Vaccine operations Central Provinces 1868-1885 - 1868-1885
Year: 1868
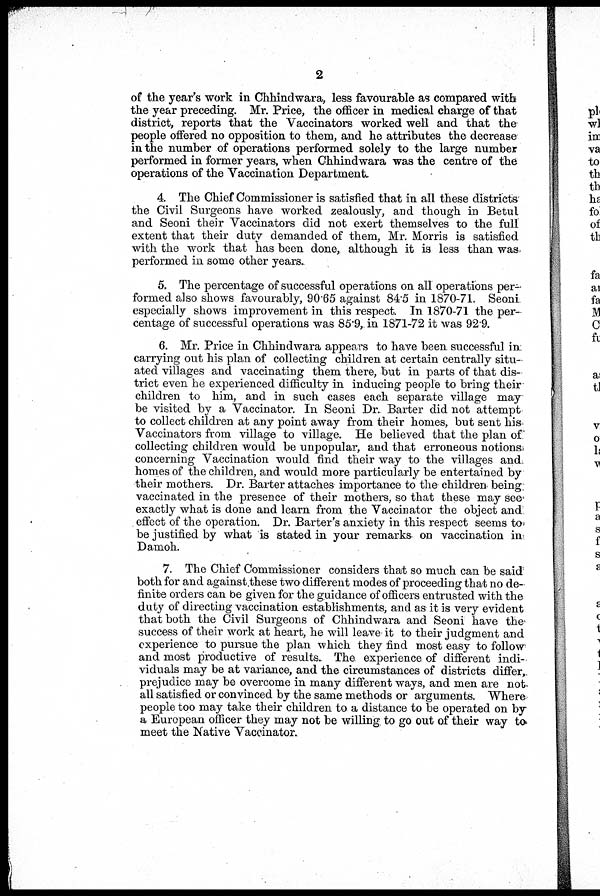
2
of the year's work in Chhindwara, less favourable as compared with
the year preceding. Mr. Price, the officer in medical charge of that
district, reports that the Vaccinators worked well and that the
people offered no opposition to them, and he attributes the decrease
in the number of operations performed solely to the large number
performed in former years, when Chhindwara was the centre of the
operations of the Vaccination Department.
4. The Chief Commissioner is satisfied that in all these districts
the Civil Surgeons have worked zealously, and though in Betul
and Seoni their Vaccinators did not exert themselves to the full
extent that their duty demanded of them, Mr. Morris is satisfied
with the work that has been done, although it is less than was.
performed in some other years.
5. The percentage of successful operations on all operations per-
formed also shows favourably, 90.65 against 84.5 in 1870-71. Seoni
especially shows improvement in this respect. In 1870-71 the per-
centage of successful operations was 85.9, in 1871-72 it was 92.9.
6. Mr. Price in Chhindwara appears to have been successful in.
carrying out his plan of collecting children at certain centrally situ-
ated villages and vaccinating them there, but in parts of that dis-
trict even he experienced difficulty in inducing people to bring their
children to him, and in such cases each separate village may
be visited by a Vaccinator. In Seoni Dr. Barter did not attempt
to collect children at any point away from their homes, but sent his
Vaccinators from village to village. He believed that the plan of
collecting children would be unpopular, and that erroneous notions
concerning Vaccination would find their way to the villages and
homes of the children, and would more particularly be entertained by
their mothers. Dr. Barter attaches importance to the children being
vaccinated in the presence of their mothers, so that these may see
exactly what is done and learn from the Vaccinator the object and
effect of the operation. Dr. Barter's anxiety in this respect seems to
be justified by what is stated in your remarks on vaccination in
Damoh.
7. The Chief Commissioner considers that so much can be said
both for and against.these two different modes of proceeding that no de-
finite orders can be given for the guidance of officers entrusted with the
duty of directing vaccination establishments, and as it is very evident
that both the Civil Surgeons of Chhindwara and Seoni have the
success of their work at heart, he will leave it to their judgment and
experience to pursue the plan which they find most easy to follow
and most productive of results. The experience of different indi-
viduals may be at variance, and the circumstances of districts differ,
prejudice may be overcome in many different ways, and men are not
all satisfied or convinced by the same methods or arguments. Where
people too may take their children to a distance to be operated on by
a European officer they may not be willing, to go out of their way to
meet the Native Vaccinator.